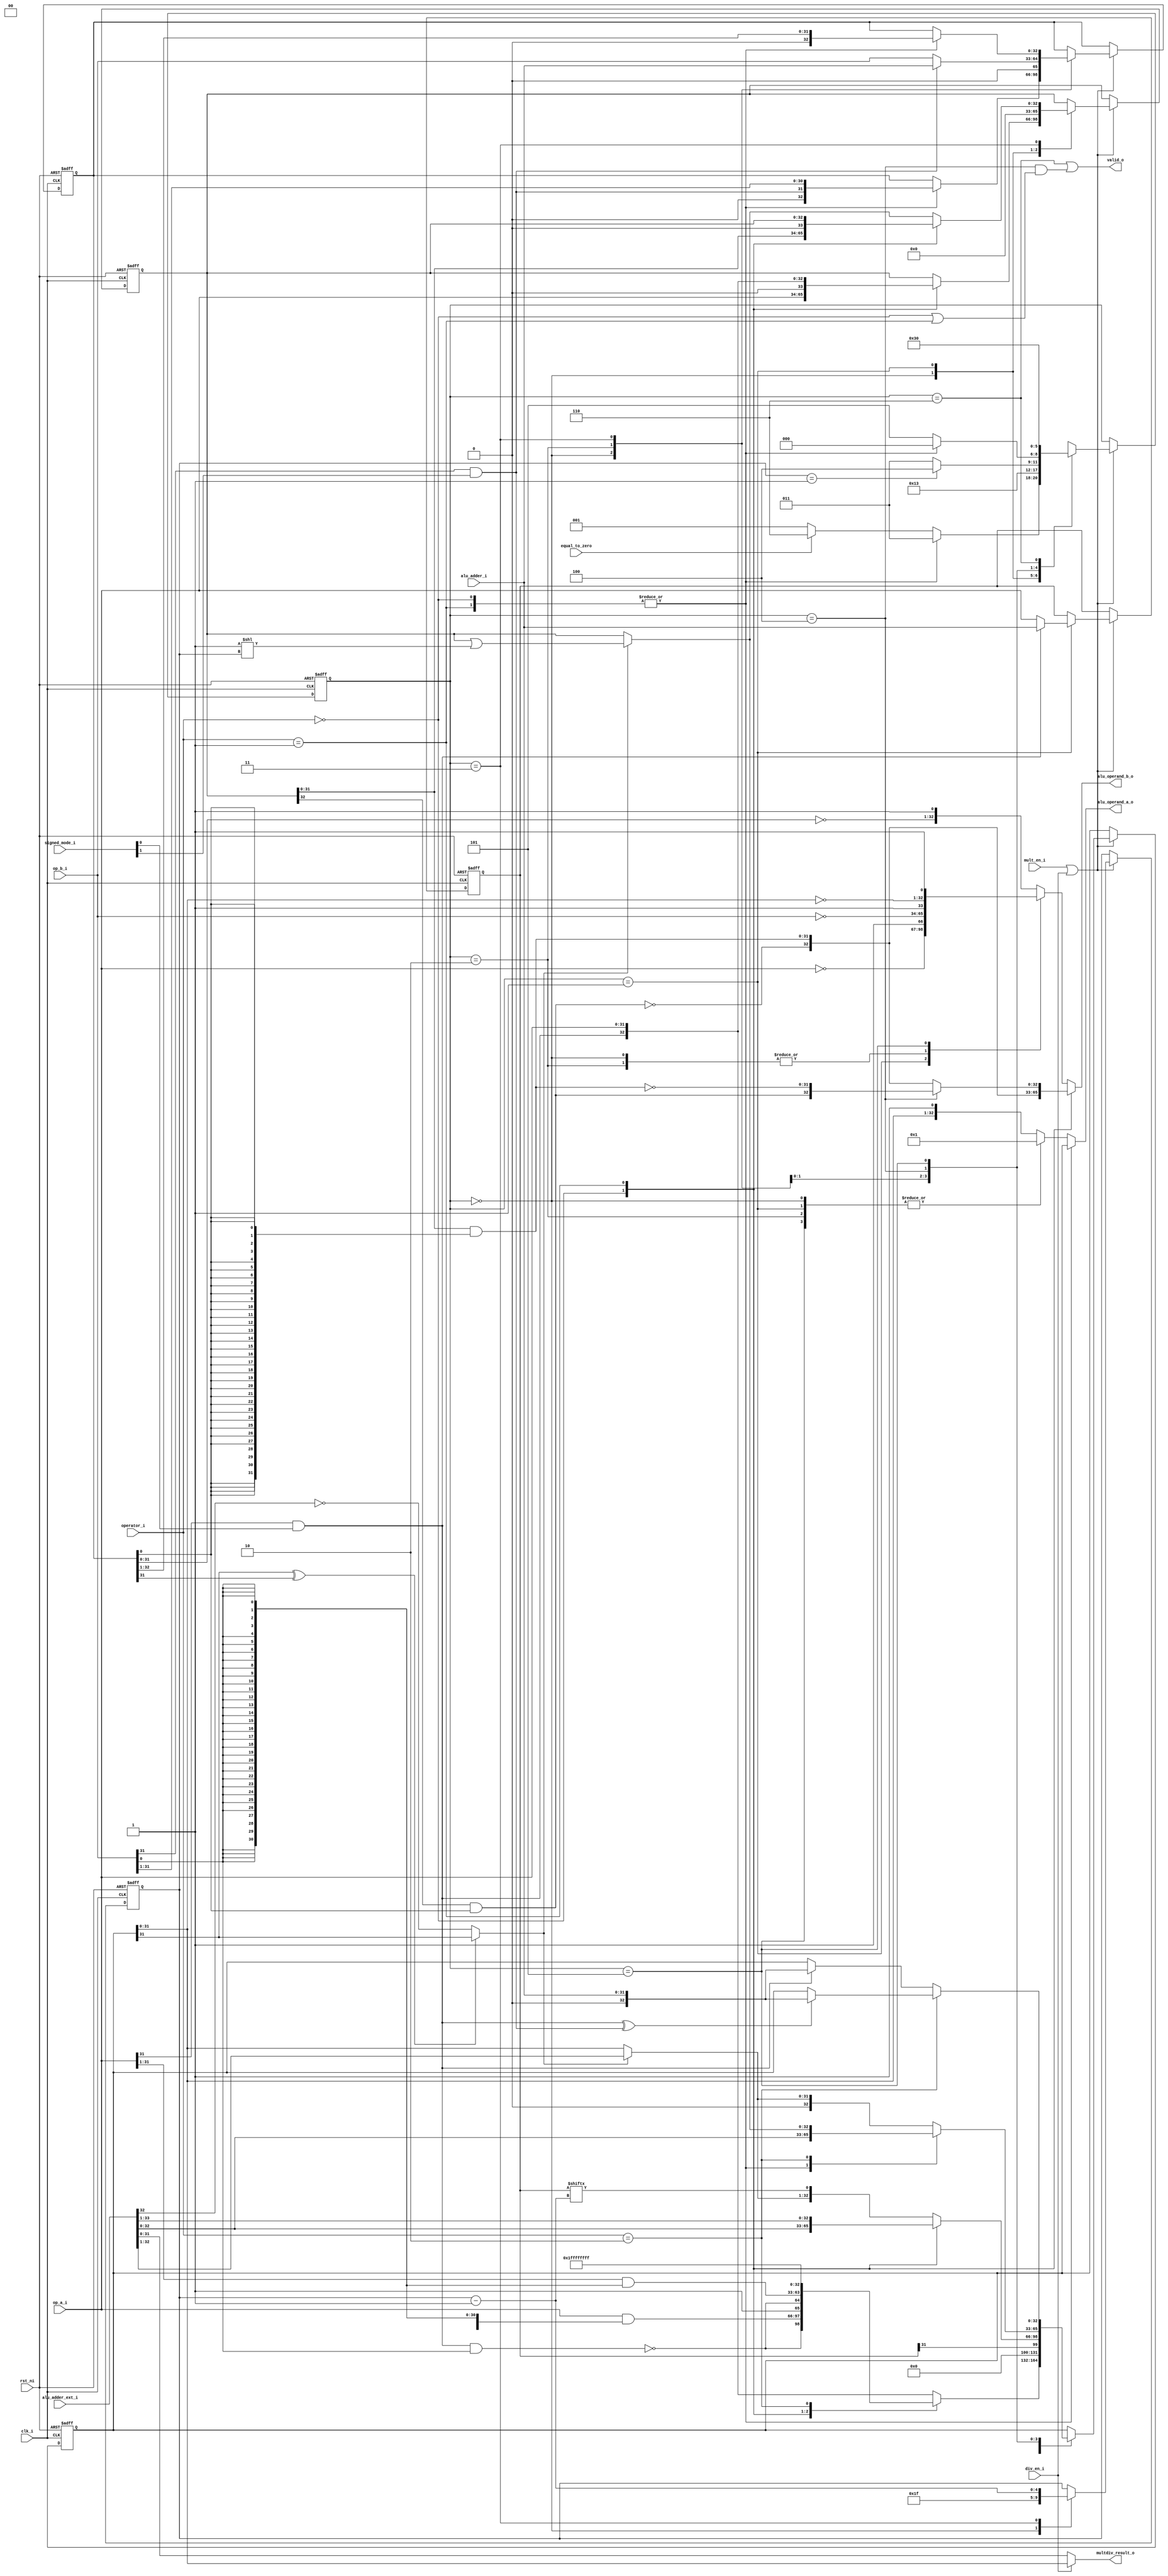
module ibex_multdiv_slow (
	clk_i,
	rst_ni,
	mult_en_i,
	div_en_i,
	operator_i,
	signed_mode_i,
	op_a_i,
	op_b_i,
	alu_adder_ext_i,
	alu_adder_i,
	equal_to_zero,
	alu_operand_a_o,
	alu_operand_b_o,
	multdiv_result_o,
	valid_o
);
	localparam [2:0] MD_IDLE = 0;
	localparam [2:0] MD_ABS_A = 1;
	localparam [2:0] MD_ABS_B = 2;
	localparam [2:0] MD_COMP = 3;
	localparam [2:0] MD_LAST = 4;
	localparam [2:0] MD_CHANGE_SIGN = 5;
	localparam [2:0] MD_FINISH = 6;
	input wire clk_i;
	input wire rst_ni;
	input wire mult_en_i;
	input wire div_en_i;
	input wire [1:0] operator_i;
	input wire [1:0] signed_mode_i;
	input wire [31:0] op_a_i;
	input wire [31:0] op_b_i;
	input wire [33:0] alu_adder_ext_i;
	input wire [31:0] alu_adder_i;
	input wire equal_to_zero;
	output reg [32:0] alu_operand_a_o;
	output reg [32:0] alu_operand_b_o;
	output reg [31:0] multdiv_result_o;
	output wire valid_o;
localparam   OPCODE_LOAD     = 7'h03;
localparam   OPCODE_MISC_MEM = 7'h0f;
localparam   OPCODE_OP_IMM   = 7'h13;
localparam   OPCODE_AUIPC    = 7'h17;
localparam   OPCODE_STORE    = 7'h23;
localparam   OPCODE_OP       = 7'h33;
localparam   OPCODE_LUI      = 7'h37;
localparam   OPCODE_BRANCH   = 7'h63;
localparam   OPCODE_JALR     = 7'h67;
localparam   OPCODE_JAL      = 7'h6f;
localparam   OPCODE_SYSTEM   = 7'h73;


////////////////////
// ALU operations //
////////////////////

  // Arithmetics
localparam   ALU_ADD = 5'h0;
localparam   ALU_SUB = 5'h1;

  // Logics
localparam   ALU_XOR = 5'h2;
localparam   ALU_OR = 5'h3;
localparam   ALU_AND = 5'h4;

  // Shifts
localparam   ALU_SRA = 5'h5;
localparam   ALU_SRL = 5'h6;
localparam   ALU_SLL = 5'h7;

  // Comparisons
localparam   ALU_LT = 5'h8;
localparam   ALU_LTU = 5'h9;
localparam   ALU_GE = 5'ha;
localparam   ALU_GEU = 5'hb;
localparam   ALU_EQ = 5'hc;
localparam   ALU_NE = 5'hd;

  // Set lower than
localparam   ALU_SLT = 5'he;
localparam   ALU_SLTU = 5'hf;

  // Multiplier/divider
localparam   MD_OP_MULL = 2'h0;
localparam   MD_OP_MULH = 2'h1;
localparam   MD_OP_DIV = 2'h2;
localparam   MD_OP_REM = 2'h3;


//////////////////////////////////
// Control and status registers //
//////////////////////////////////

// CSR operations
localparam   CSR_OP_READ = 2'h0;
localparam   CSR_OP_WRITE = 2'h1;
localparam   CSR_OP_SET = 2'h2;
localparam   CSR_OP_CLEAR = 2'h3;


// Privileged mode
localparam   PRIV_LVL_M = 2'b11;
localparam   PRIV_LVL_H = 2'b10;
localparam   PRIV_LVL_S = 2'b01;
localparam   PRIV_LVL_U = 2'b00;

// Constants for the dcsr.xdebugver fields
localparam    XDEBUGVER_NO     = 4'd0; // no external debug support
localparam    XDEBUGVER_STD    = 4'd4; // external debug according to RISC-V debug spec
localparam    XDEBUGVER_NONSTD = 4'd15; // debug not conforming to RISC-V debug spec


//////////////
// ID stage //
//////////////

// Operand a selection
localparam   OP_A_REG_A = 2'h0;
localparam   OP_A_FWD = 2'h1;
localparam   OP_A_CURRPC = 2'h2;
localparam   OP_A_IMM = 2'h3;

// Immediate a selection
localparam   IMM_A_Z = 1'b0;
localparam   IMM_A_ZERO = 1'b1;

// Operand b selection
localparam   OP_B_REG_B = 1'b0;
localparam   OP_B_IMM = 1'b1;

// Immediate b selection
localparam   IMM_B_I = 3'h0;
localparam   IMM_B_S = 3'h1;
localparam   IMM_B_B = 3'h2;
localparam   IMM_B_U = 3'h3;
localparam   IMM_B_J = 3'h4;
localparam   IMM_B_INCR_PC = 3'h4;
localparam   IMM_B_INCR_ADDR = 3'h5;

// Regfile write data selection
localparam   RF_WD_LSU = 2'h0;
localparam   RF_WD_EX = 2'h1;
localparam   RF_WD_CSR = 2'h2;

//////////////
// IF stage //
//////////////

// PC mux selection
localparam   PC_BOOT = 3'h0;
localparam   PC_JUMP = 3'h1;
localparam   PC_EXC = 3'h2;
localparam   PC_ERET = 3'h3;
localparam   PC_DRET = 3'h4;

// Exception PC mux selection
localparam   EXC_PC_EXC = 2'h0;
localparam   EXC_PC_IRQ = 2'h1;
localparam   EXC_PC_DBD = 2'h2;
localparam   EXC_PC_DBG_EXC = 2'h3; // Exception while in debug mode

// Exception cause
localparam   EXC_CAUSE_IRQ_SOFTWARE_M     = {1'b1, 5'd03};
localparam   EXC_CAUSE_IRQ_TIMER_M        = {1'b1, 5'd07};
localparam   EXC_CAUSE_IRQ_EXTERNAL_M     = {1'b1, 5'd11};
  // EXC_CAUSE_IRQ_FAST_0      = {1'b1, 5'd16};
  // EXC_CAUSE_IRQ_FAST_14     = {1'b1, 5'd30};
localparam   EXC_CAUSE_IRQ_NM             = {1'b1, 5'd31}; // == EXC_CAUSE_IRQ_FAST_15
localparam   EXC_CAUSE_INSN_ADDR_MISA     = {1'b0, 5'd00};
localparam   EXC_CAUSE_INSTR_ACCESS_FAULT = {1'b0, 5'd01};
localparam   EXC_CAUSE_ILLEGAL_INSN       = {1'b0, 5'd02};
localparam   EXC_CAUSE_BREAKPOINT         = {1'b0, 5'd03};
localparam   EXC_CAUSE_LOAD_ACCESS_FAULT  = {1'b0, 5'd05};
localparam   EXC_CAUSE_STORE_ACCESS_FAULT = {1'b0, 5'd07};
localparam   EXC_CAUSE_ECALL_UMODE        = {1'b0, 5'd08};
localparam   EXC_CAUSE_ECALL_MMODE        = {1'b0, 5'd11};

// Debug cause
localparam   DBG_CAUSE_NONE    = 3'h0;
localparam   DBG_CAUSE_EBREAK  = 3'h1;
localparam   DBG_CAUSE_TRIGGER = 3'h2;
localparam   DBG_CAUSE_HALTREQ = 3'h3;
localparam   DBG_CAUSE_STEP    = 3'h4;

// PMP constants
parameter   PMP_MAX_REGIONS      = 16;
parameter   PMP_CFG_W            = 8;

// PMP acces type
parameter   PMP_I = 0;
parameter   PMP_D = 1;

localparam   PMP_ACC_EXEC    = 2'b00;
localparam   PMP_ACC_WRITE   = 2'b01;
localparam   PMP_ACC_READ    = 2'b10;

// PMP cfg structures
localparam   PMP_MODE_OFF   = 2'b00;
localparam   PMP_MODE_TOR   = 2'b01;
localparam   PMP_MODE_NA4   = 2'b10;
localparam   PMP_MODE_NAPOT = 2'b11;

//typedef struct packed {
//  logic          lock;
//  pmp_cfg_mode_e mode;
//  logic          exec;
//  logic          write;
//  logic          read;

// CSRs
  // Machine information
localparam   CSR_MHARTID   = 12'hF14;

  // Machine trap setup
localparam   CSR_MSTATUS   = 12'h300;
localparam   CSR_MISA      = 12'h301;
localparam   CSR_MIE       = 12'h304;
localparam   CSR_MTVEC     = 12'h305;

  // Machine trap handling
localparam   CSR_MSCRATCH  = 12'h340;
localparam   CSR_MEPC      = 12'h341;
localparam   CSR_MCAUSE    = 12'h342;
localparam   CSR_MTVAL     = 12'h343;
localparam   CSR_MIP       = 12'h344;

  // Physical memory protection
localparam   CSR_PMPCFG0   = 12'h3A0;
localparam   CSR_PMPCFG1   = 12'h3A1;
localparam   CSR_PMPCFG2   = 12'h3A2;
localparam   CSR_PMPCFG3   = 12'h3A3;
localparam   CSR_PMPADDR0  = 12'h3B0;
localparam   CSR_PMPADDR1  = 12'h3B1;
localparam   CSR_PMPADDR2  = 12'h3B2;
localparam   CSR_PMPADDR3  = 12'h3B3;
localparam   CSR_PMPADDR4  = 12'h3B4;
localparam   CSR_PMPADDR5  = 12'h3B5;
localparam   CSR_PMPADDR6  = 12'h3B6;
localparam   CSR_PMPADDR7  = 12'h3B7;
localparam   CSR_PMPADDR8  = 12'h3B8;
localparam   CSR_PMPADDR9  = 12'h3B9;
localparam   CSR_PMPADDR10 = 12'h3BA;
localparam   CSR_PMPADDR11 = 12'h3BB;
localparam   CSR_PMPADDR12 = 12'h3BC;
localparam   CSR_PMPADDR13 = 12'h3BD;
localparam   CSR_PMPADDR14 = 12'h3BE;
localparam   CSR_PMPADDR15 = 12'h3BF;

  // Debug/trace
localparam   CSR_DCSR      = 12'h7b0;
localparam   CSR_DPC       = 12'h7b1;

  // Debug
localparam   CSR_DSCRATCH0 = 12'h7b2; // optional
localparam   CSR_DSCRATCH1 = 12'h7b3; // optional

  // Machine Counter/Timers
localparam   CSR_MCOUNTINHIBIT  = 12'h320;
localparam   CSR_MHPMEVENT3     = 12'h323;
localparam   CSR_MHPMEVENT4     = 12'h324;
localparam   CSR_MHPMEVENT5     = 12'h325;
localparam   CSR_MHPMEVENT6     = 12'h326;
localparam   CSR_MHPMEVENT7     = 12'h327;
localparam   CSR_MHPMEVENT8     = 12'h328;
localparam   CSR_MHPMEVENT9     = 12'h329;
localparam   CSR_MHPMEVENT10    = 12'h32A;
localparam   CSR_MHPMEVENT11    = 12'h32B;
localparam   CSR_MHPMEVENT12    = 12'h32C;
localparam   CSR_MHPMEVENT13    = 12'h32D;
localparam   CSR_MHPMEVENT14    = 12'h32E;
localparam   CSR_MHPMEVENT15    = 12'h32F;
localparam   CSR_MHPMEVENT16    = 12'h330;
localparam   CSR_MHPMEVENT17    = 12'h331;
localparam   CSR_MHPMEVENT18    = 12'h332;
localparam   CSR_MHPMEVENT19    = 12'h333;
localparam   CSR_MHPMEVENT20    = 12'h334;
localparam   CSR_MHPMEVENT21    = 12'h335;
localparam   CSR_MHPMEVENT22    = 12'h336;
localparam   CSR_MHPMEVENT23    = 12'h337;
localparam   CSR_MHPMEVENT24    = 12'h338;
localparam   CSR_MHPMEVENT25    = 12'h339;
localparam   CSR_MHPMEVENT26    = 12'h33A;
localparam   CSR_MHPMEVENT27    = 12'h33B;
localparam   CSR_MHPMEVENT28    = 12'h33C;
localparam   CSR_MHPMEVENT29    = 12'h33D;
localparam   CSR_MHPMEVENT30    = 12'h33E;
localparam   CSR_MHPMEVENT31    = 12'h33F;
localparam   CSR_MCYCLE         = 12'hB00;
localparam   CSR_MINSTRET       = 12'hB02;
localparam   CSR_MHPMCOUNTER3   = 12'hB03;
localparam   CSR_MHPMCOUNTER4   = 12'hB04;
localparam   CSR_MHPMCOUNTER5   = 12'hB05;
localparam   CSR_MHPMCOUNTER6   = 12'hB06;
localparam   CSR_MHPMCOUNTER7   = 12'hB07;
localparam   CSR_MHPMCOUNTER8   = 12'hB08;
localparam   CSR_MHPMCOUNTER9   = 12'hB09;
localparam   CSR_MHPMCOUNTER10  = 12'hB0A;
localparam   CSR_MHPMCOUNTER11  = 12'hB0B;
localparam   CSR_MHPMCOUNTER12  = 12'hB0C;
localparam   CSR_MHPMCOUNTER13  = 12'hB0D;
localparam   CSR_MHPMCOUNTER14  = 12'hB0E;
localparam   CSR_MHPMCOUNTER15  = 12'hB0F;
localparam   CSR_MHPMCOUNTER16  = 12'hB10;
localparam   CSR_MHPMCOUNTER17  = 12'hB11;
localparam   CSR_MHPMCOUNTER18  = 12'hB12;
localparam   CSR_MHPMCOUNTER19  = 12'hB13;
localparam   CSR_MHPMCOUNTER20  = 12'hB14;
localparam   CSR_MHPMCOUNTER21  = 12'hB15;
localparam   CSR_MHPMCOUNTER22  = 12'hB16;
localparam   CSR_MHPMCOUNTER23  = 12'hB17;
localparam   CSR_MHPMCOUNTER24  = 12'hB18;
localparam   CSR_MHPMCOUNTER25  = 12'hB19;
localparam   CSR_MHPMCOUNTER26  = 12'hB1A;
localparam   CSR_MHPMCOUNTER27  = 12'hB1B;
localparam   CSR_MHPMCOUNTER28  = 12'hB1C;
localparam   CSR_MHPMCOUNTER29  = 12'hB1D;
localparam   CSR_MHPMCOUNTER30  = 12'hB1E;
localparam   CSR_MHPMCOUNTER31  = 12'hB1F;
localparam   CSR_MCYCLEH        = 12'hB80;
localparam   CSR_MINSTRETH      = 12'hB82;
localparam   CSR_MHPMCOUNTER3H  = 12'hB83;
localparam   CSR_MHPMCOUNTER4H  = 12'hB84;
localparam   CSR_MHPMCOUNTER5H  = 12'hB85;
localparam   CSR_MHPMCOUNTER6H  = 12'hB86;
localparam   CSR_MHPMCOUNTER7H  = 12'hB87;
localparam   CSR_MHPMCOUNTER8H  = 12'hB88;
localparam   CSR_MHPMCOUNTER9H  = 12'hB89;
localparam   CSR_MHPMCOUNTER10H = 12'hB8A;
localparam   CSR_MHPMCOUNTER11H = 12'hB8B;
localparam   CSR_MHPMCOUNTER12H = 12'hB8C;
localparam   CSR_MHPMCOUNTER13H = 12'hB8D;
localparam   CSR_MHPMCOUNTER14H = 12'hB8E;
localparam   CSR_MHPMCOUNTER15H = 12'hB8F;
localparam   CSR_MHPMCOUNTER16H = 12'hB90;
localparam   CSR_MHPMCOUNTER17H = 12'hB91;
localparam   CSR_MHPMCOUNTER18H = 12'hB92;
localparam   CSR_MHPMCOUNTER19H = 12'hB93;
localparam   CSR_MHPMCOUNTER20H = 12'hB94;
localparam   CSR_MHPMCOUNTER21H = 12'hB95;
localparam   CSR_MHPMCOUNTER22H = 12'hB96;
localparam   CSR_MHPMCOUNTER23H = 12'hB97;
localparam   CSR_MHPMCOUNTER24H = 12'hB98;
localparam   CSR_MHPMCOUNTER25H = 12'hB99;
localparam   CSR_MHPMCOUNTER26H = 12'hB9A;
localparam   CSR_MHPMCOUNTER27H = 12'hB9B;
localparam   CSR_MHPMCOUNTER28H = 12'hB9C;
localparam   CSR_MHPMCOUNTER29H = 12'hB9D;
localparam   CSR_MHPMCOUNTER30H = 12'hB9E;
localparam   CSR_MHPMCOUNTER31H = 12'hB9F;

// CSR pmp-related offsets
parameter [11:0] CSR_OFF_PMP_CFG  = 12'h3A0; // pmp_cfg  @ 12'h3a0 - 12'h3a3
parameter [11:0] CSR_OFF_PMP_ADDR = 12'h3B0; // pmp_addr @ 12'h3b0 - 12'h3bf

// CSR status bits
parameter   CSR_MSTATUS_MIE_BIT      = 3;
parameter   CSR_MSTATUS_MPIE_BIT     = 7;
parameter   CSR_MSTATUS_MPP_BIT_LOW  = 11;
parameter   CSR_MSTATUS_MPP_BIT_HIGH = 12;
parameter   CSR_MSTATUS_MPRV_BIT     = 17;
parameter   CSR_MSTATUS_TW_BIT       = 21;

// CSR errupt pending/enable  int bits
parameter   CSR_MSIX_BIT      = 3;
parameter   CSR_MTIX_BIT      = 7;
parameter   CSR_MEIX_BIT      = 11;
parameter   CSR_MFIX_BIT_LOW  = 16;
parameter   CSR_MFIX_BIT_HIGH = 30;

	reg [4:0] multdiv_state_q;
	reg [4:0] multdiv_state_d;
	wire [4:0] multdiv_state_m1;
	reg [2:0] md_state_q;
	reg [2:0] md_state_d;
	reg [32:0] accum_window_q;
	reg [32:0] accum_window_d;
	wire [32:0] res_adder_l;
	wire [32:0] res_adder_h;
	reg [32:0] op_b_shift_q;
	reg [32:0] op_b_shift_d;
	reg [32:0] op_a_shift_q;
	reg [32:0] op_a_shift_d;
	wire [32:0] op_a_ext;
	wire [32:0] op_b_ext;
	wire [32:0] one_shift;
	wire [32:0] op_a_bw_pp;
	wire [32:0] op_a_bw_last_pp;
	wire [31:0] b_0;
	wire sign_a;
	wire sign_b;
	wire [32:0] next_reminder;
	wire [32:0] next_quotient;
	wire [32:0] op_remainder;
	reg [31:0] op_numerator_q;
	reg [31:0] op_numerator_d;
	wire is_greater_equal;
	wire div_change_sign;
	wire rem_change_sign;
	assign res_adder_l = alu_adder_ext_i[32:0];
	assign res_adder_h = alu_adder_ext_i[33:1];
	always @(*) begin
		alu_operand_a_o = accum_window_q;
		multdiv_result_o = (div_en_i ? accum_window_q[31:0] : res_adder_l);
		case (operator_i)
			MD_OP_MULL: alu_operand_b_o = op_a_bw_pp;
			MD_OP_MULH: alu_operand_b_o = ((md_state_q == MD_LAST) ? op_a_bw_last_pp : op_a_bw_pp);
			default: case (md_state_q)
			MD_IDLE: begin
				alu_operand_a_o = {32'h0, 1'b1};
				alu_operand_b_o = {~op_b_i, 1'b1};
			end
			MD_ABS_A: begin
				alu_operand_a_o = {32'h0, 1'b1};
				alu_operand_b_o = {~op_a_i, 1'b1};
			end
			MD_ABS_B: begin
				alu_operand_a_o = {32'h0, 1'b1};
				alu_operand_b_o = {~op_b_i, 1'b1};
			end
			MD_CHANGE_SIGN: begin
				alu_operand_a_o = {32'h0, 1'b1};
				alu_operand_b_o = {~accum_window_q[31:0], 1'b1};
			end
			default: begin
			alu_operand_a_o = {accum_window_q[31:0], 1'b1};
			alu_operand_b_o = {~op_b_shift_q[31:0], 1'b1};
		end
		endcase
		endcase
	end
	assign is_greater_equal = (((accum_window_q[31] ^ op_b_shift_q[31]) == 1'b0) ? (res_adder_h[31] == 1'b0) : accum_window_q[31]);
	assign one_shift = ({32'b0, 1'b1} << multdiv_state_q);
	assign next_reminder = (is_greater_equal ? res_adder_h : op_remainder);
	assign next_quotient = (is_greater_equal ? (op_a_shift_q | one_shift) : op_a_shift_q);
	assign b_0 = {32 {op_b_shift_q[0]}};
	assign op_a_bw_pp = {~(op_a_shift_q[32] & op_b_shift_q[0]), (op_a_shift_q[31:0] & b_0)};
	assign op_a_bw_last_pp = {(op_a_shift_q[32] & op_b_shift_q[0]), ~(op_a_shift_q[31:0] & b_0)};
	assign sign_a = (op_a_i[31] & signed_mode_i[0]);
	assign sign_b = (op_b_i[31] & signed_mode_i[1]);
	assign op_a_ext = {sign_a, op_a_i};
	assign op_b_ext = {sign_b, op_b_i};
	assign op_remainder = accum_window_q[32:0];
	assign multdiv_state_m1 = (multdiv_state_q - 5'h1);
	assign div_change_sign = (sign_a ^ sign_b);
	assign rem_change_sign = sign_a;
	always @(posedge clk_i or negedge rst_ni) begin : proc_multdiv_state_q
		if (!rst_ni) begin
			multdiv_state_q <= 5'h0;
			accum_window_q <= 33'h0;
			op_b_shift_q <= 33'h0;
			op_a_shift_q <= 33'h0;
			op_numerator_q <= 32'h0;
			md_state_q <= MD_IDLE;
		end
		else begin
			multdiv_state_q <= multdiv_state_d;
			accum_window_q <= accum_window_d;
			op_b_shift_q <= op_b_shift_d;
			op_a_shift_q <= op_a_shift_d;
			op_numerator_q <= op_numerator_d;
			md_state_q <= md_state_d;
		end
	end
	always @(*) begin
		multdiv_state_d = multdiv_state_q;
		accum_window_d = accum_window_q;
		op_b_shift_d = op_b_shift_q;
		op_a_shift_d = op_a_shift_q;
		op_numerator_d = op_numerator_q;
		md_state_d = md_state_q;
		if ((mult_en_i || div_en_i))
			case (md_state_q)
				MD_IDLE: begin
					case (operator_i)
						MD_OP_MULL: begin
							op_a_shift_d = (op_a_ext << 1);
							accum_window_d = {~(op_a_ext[32] & op_b_i[0]), (op_a_ext[31:0] & {32 {op_b_i[0]}})};
							op_b_shift_d = (op_b_ext >> 1);
							md_state_d = MD_COMP;
						end
						MD_OP_MULH: begin
							op_a_shift_d = op_a_ext;
							accum_window_d = {1'b1, ~(op_a_ext[32] & op_b_i[0]), (op_a_ext[31:1] & {31 {op_b_i[0]}})};
							op_b_shift_d = (op_b_ext >> 1);
							md_state_d = MD_COMP;
						end
						MD_OP_DIV: begin
							accum_window_d = {33 {1'b1}};
							md_state_d = (equal_to_zero ? MD_FINISH : MD_ABS_A);
						end
						default: begin
						accum_window_d = op_a_ext;
						md_state_d = (equal_to_zero ? MD_FINISH : MD_ABS_A);
					end
					endcase
					multdiv_state_d = 5'd31;
				end
				MD_ABS_A: begin
					op_a_shift_d = 1'sb0;
					op_numerator_d = (sign_a ? alu_adder_i : op_a_i);
					md_state_d = MD_ABS_B;
				end
				MD_ABS_B: begin
					accum_window_d = {32'h0, op_numerator_q[31]};
					op_b_shift_d = (sign_b ? alu_adder_i : op_b_i);
					md_state_d = MD_COMP;
				end
				MD_COMP: begin
					multdiv_state_d = multdiv_state_m1;
					case (operator_i)
						MD_OP_MULL: begin
							accum_window_d = res_adder_l;
							op_a_shift_d = (op_a_shift_q << 1);
							op_b_shift_d = (op_b_shift_q >> 1);
						end
						MD_OP_MULH: begin
							accum_window_d = res_adder_h;
							op_a_shift_d = op_a_shift_q;
							op_b_shift_d = (op_b_shift_q >> 1);
						end
						default: begin
						accum_window_d = {next_reminder[31:0], op_numerator_q[multdiv_state_m1]};
						op_a_shift_d = next_quotient;
					end
					endcase
					md_state_d = ((multdiv_state_q == 5'd1) ? MD_LAST : MD_COMP);
				end
				MD_LAST:
					case (operator_i)
						MD_OP_MULL: begin
							accum_window_d = res_adder_l;
							md_state_d = MD_IDLE;
						end
						MD_OP_MULH: begin
							accum_window_d = res_adder_l;
							md_state_d = MD_IDLE;
						end
						MD_OP_DIV: begin
							accum_window_d = next_quotient;
							md_state_d = MD_CHANGE_SIGN;
						end
						default: begin
						accum_window_d = {1'b0, next_reminder[31:0]};
						md_state_d = MD_CHANGE_SIGN;
					end
					endcase
				MD_CHANGE_SIGN: begin
					md_state_d = MD_FINISH;
					case (operator_i)
						MD_OP_DIV: accum_window_d = (div_change_sign ? alu_adder_i : accum_window_q);
						default: accum_window_d = (rem_change_sign ? alu_adder_i : accum_window_q);
					endcase
				end
				MD_FINISH: md_state_d = MD_IDLE;
				default: md_state_d = 1'bX;
			endcase
	end
	assign valid_o = ((md_state_q == MD_FINISH) | ((md_state_q == MD_LAST) & ((operator_i == MD_OP_MULL) | (operator_i == MD_OP_MULH))));
endmodule